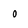
Character: O